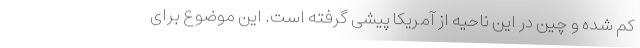
کم شده و چین در این ناحیه از آمریکا پیشی گرفته است. این موضوع برای